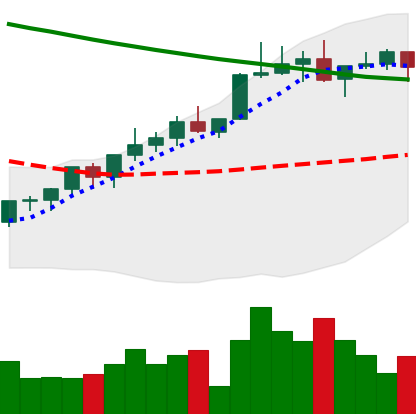
Ticker: XLM-USD
Chart end date: 2022-04-04
Forward return: -11.685%
Label: down_7plus